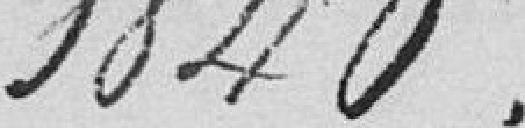
1840